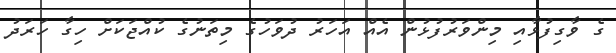
ގެ ވާގިފުޅާއި މިންވަރުފުޅުން އެއް އަހަރު ދުވަހުގެ މިތަނުގެ ކުއްޖަކަށް ހިގާ ހަރަދު